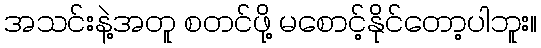
အသင်းနဲ့အတူ စတင်ဖို့ မစောင့်နိုင်တော့ပါဘူး။